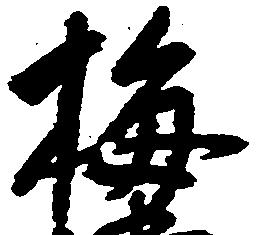
梅